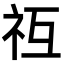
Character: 𥘡